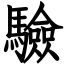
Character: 驗